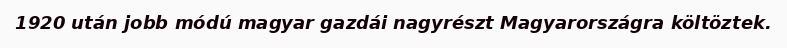
1920 után jobb módú magyar gazdái nagyrészt Magyarországra költöztek.